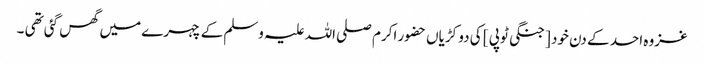
غزوہ احد کے دن خود [ جنگی ٹوپی ] کی دو کڑیاں حضور اکرم صلی اللہ علیہ وسلم کے چہرے میں گھس گئی تھی ۔